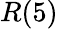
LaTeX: R(5)